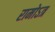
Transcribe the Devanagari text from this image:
रामोऽत्र